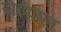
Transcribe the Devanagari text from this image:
राईफल